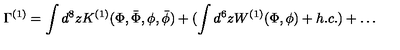
\Gamma ^ { ( 1 ) } = \int d ^ { 8 } z K ^ { ( 1 ) } ( \Phi , \bar { \Phi } , \phi , \bar { \phi } ) + ( \int d ^ { 6 } z W ^ { ( 1 ) } ( \Phi , \phi ) + h . c . ) + \ldots